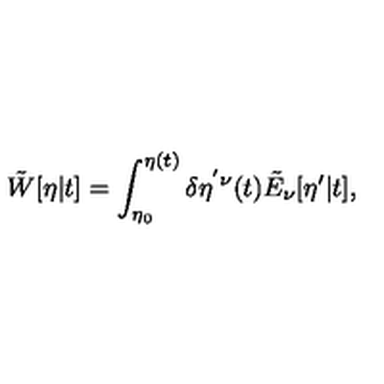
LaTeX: \tilde { W } [ \eta | t ] = \int _ { \eta _ { 0 } } ^ { \eta ( t ) } \delta \eta ^ { ' \nu } ( t ) \tilde { E } _ { \nu } [ \eta ^ { \prime } | t ] ,